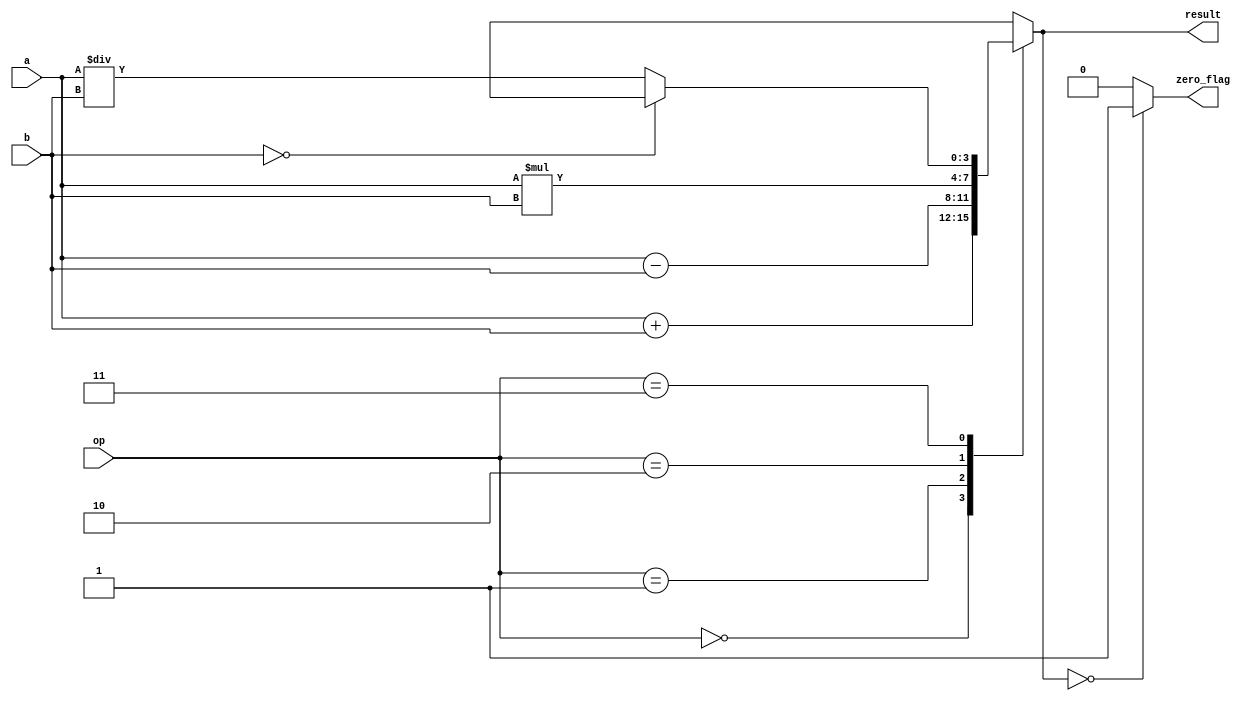
module alu_4bit (
    input [3:0] a,
    input [3:0] b,
    input [1:0] op, // 00: addition, 01: subtraction, 10: multiplication, 11: division
    output reg [3:0] result,
    output reg zero_flag
);

always @(*)
begin
    case(op)
        2'b00: result = a + b; // Addition
        2'b01: result = a - b; // Subtraction
        2'b10: result = a * b; // Multiplication
        2'b11: begin             // Division
                    if (b == 0)
                        result = 4'bXXXX; // Undefined value for division by zero
                    else
                        result = a / b;
               end
        default: result = 4'bXXXX; // Undefined operation
    endcase
end

always @(*)
begin
    zero_flag = (result == 4'b0000) ? 1'b1 : 1'b0; // Set zero flag if result is zero
end

endmodule


module alu_4bit_tb;

// Parameters
parameter CLK_PERIOD = 10; // Clock period in ns

// Signals
reg [3:0] a, b;
reg [1:0] op;
wire [3:0] result;
wire zero_flag;

// Instantiate ALU
alu_4bit dut (
    .a(a),
    .b(b),  
    .op(op),
    .result(result),
    .zero_flag(zero_flag)
);

// Clock generation
reg clk = 0;
always #((CLK_PERIOD / 2)) clk = ~clk;

// Stimulus
initial begin
    // Test addition
    op = 2'b00; // Addition
    a = 4'b0010;
    b = 4'b0001;
    #10;
    // Test subtraction
    op = 2'b01; // Subtraction
    a = 4'b0110;
    b = 4'b0101;
    #10;
    // Test multiplication
    op = 2'b10; // Multiplication
    a = 4'b0101;
    b = 4'b0011;
    #10;
    // Test division
    op = 2'b11; // Division
    a = 4'b1000;
    b = 4'b0010;
    #10;
    // Test division by zero
    op = 2'b11; // Division
    a = 4'b1111;
    b = 4'b0000;
    #10;
    // End simulation
    $finish;
end

endmodule